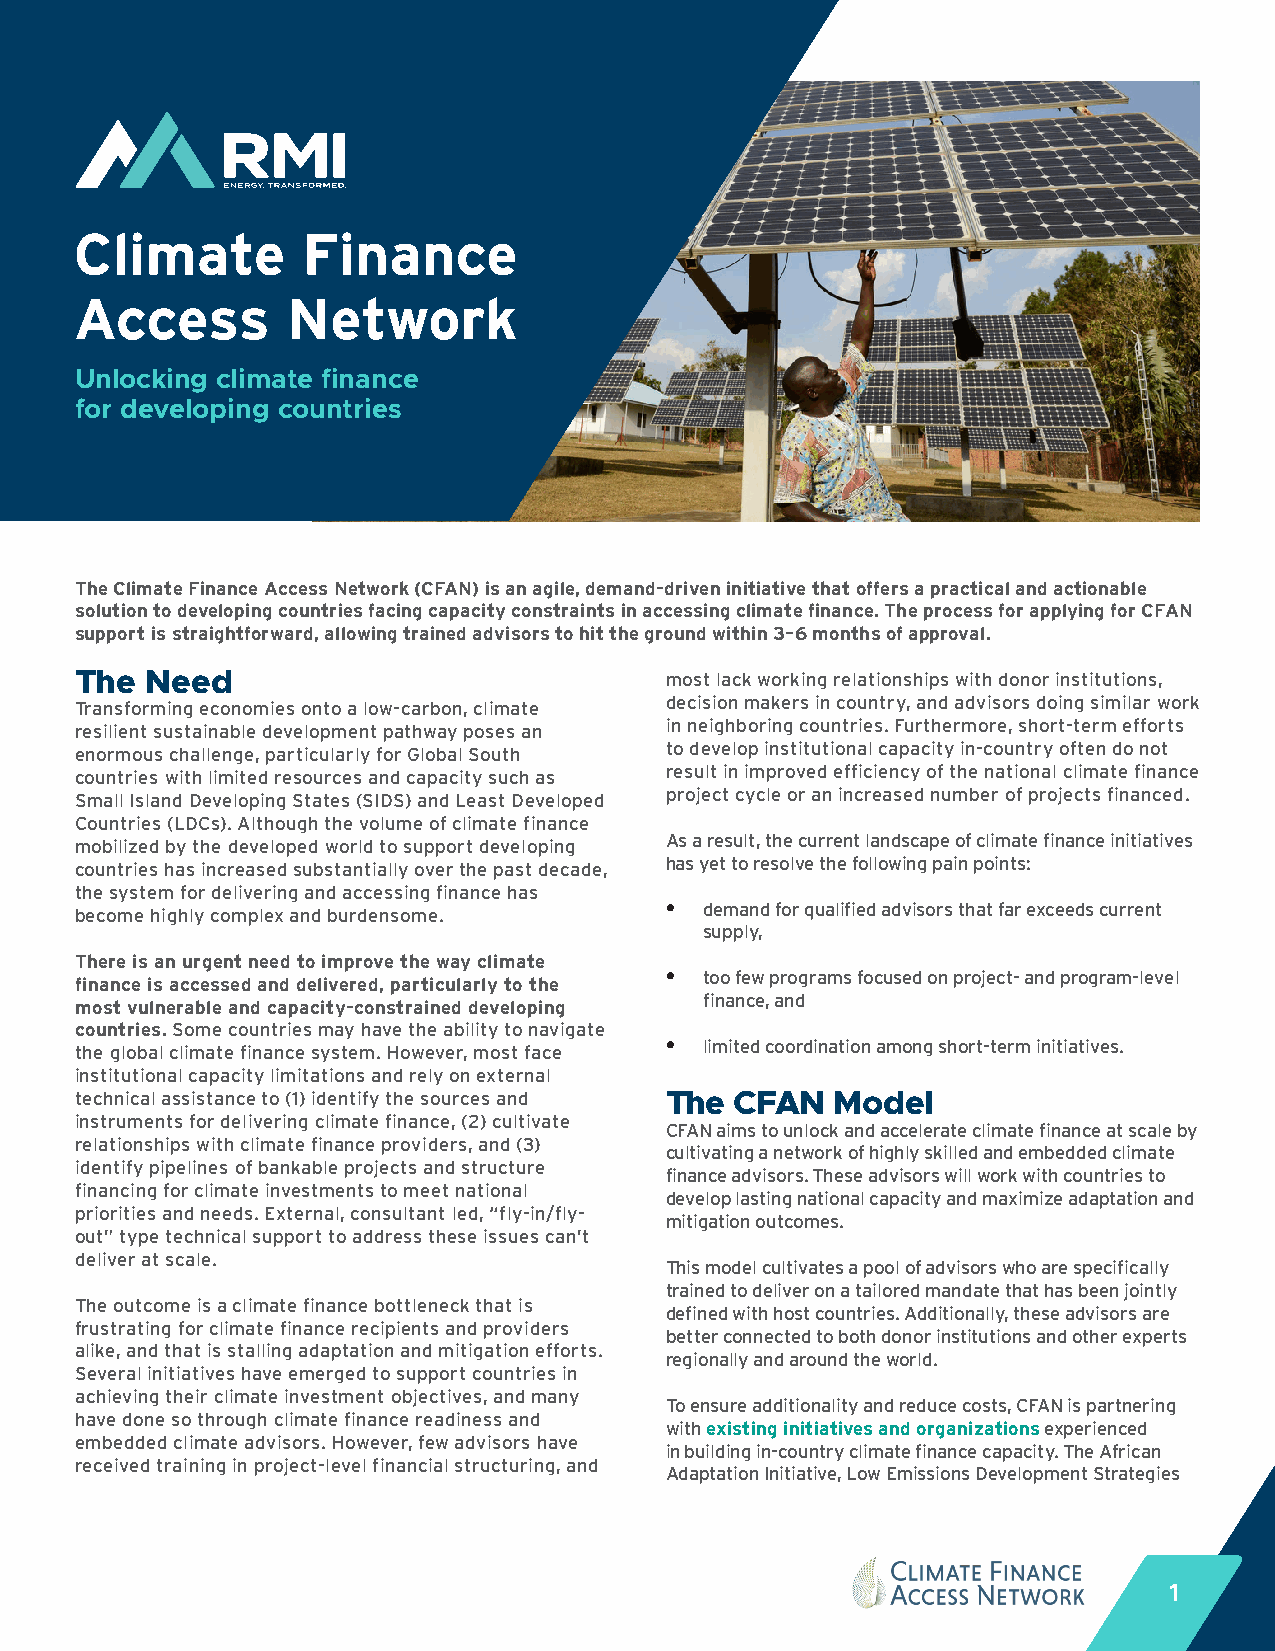
Climate        Finance
 Access        Network
 Unlocking climate finance
 for developing countries
 The Climate Finance Access Network (CFAN) is an agile, demand-driven initiative that offers a practical and actionable
 solution to developing countries facing capacity constraints in accessing climate finance. The process for applying for CFAN
 support is straightforward, allowing trained advisors to hit the ground within 3–6 months of approval.
 The  Need                              most lack working relationships with donor institutions,
 Transforming economies onto a low-carbon, climate decision makers in country, and advisors doing similar work
 resilient sustainable development pathway poses an in neighboring countries. Furthermore, short-term efforts
 enormous challenge, particularly for Global South to develop institutional capacity in-country often do not
 countries with limited resources and capacity such as result in improved efficiency of the national climate finance
 Small Island Developing States (SIDS) and Least Developed project cycle or an increased number of projects financed.
 Countries (LDCs). Although the volume of climate finance
 mobilized by the developed world to support developing As a result, the current landscape of climate finance initiatives
 countries has increased substantially over the past decade, has yet to resolve the following pain points:
 the system for delivering and accessing finance has
 become highly complex and burdensome.  •  demand for qualified advisors that far exceeds current
 supply,
 There is an urgent need to improve the way climate
 finance is accessed and delivered, particularly to the • too few programs focused on project- and program-level
 most vulnerable and capacity-constrained developing finance, and
 countries. Some countries may have the ability to navigate
 the global climate finance system. However, most face • limited coordination among short-term initiatives.
 institutional capacity limitations and rely on external
 technical assistance to (1) identify the sources and The CFAN Model
 instruments for delivering climate finance, (2) cultivate
 CFAN aims to unlock and accelerate climate finance at scale by
 relationships with climate finance providers, and (3)
 cultivating a network of highly skilled and embedded climate
 identify pipelines of bankable projects and structure
 finance advisors. These advisors will work with countries to
 financing for climate investments to meet national
 develop lasting national capacity and maximize adaptation and
 priorities and needs. External, consultant led, “fly-in/fly-
 mitigation outcomes.
 out” type technical support to address these issues can’t
 deliver at scale.
 This model cultivates a pool of advisors who are specifically
 trained to deliver on a tailored mandate that has been jointly
 The outcome is a climate finance bottleneck that is
 defined with host countries. Additionally, these advisors are
 frustrating for climate finance recipients and providers
 better connected to both donor institutions and other experts
 alike, and that is stalling adaptation and mitigation efforts.
 regionally and around the world.
 Several initiatives have emerged to support countries in
 achieving their climate investment objectives, and many
 To ensure additionality and reduce costs, CFAN is partnering
 have done so through climate finance readiness and
 with existing initiatives and organizations experienced
 embedded climate advisors. However, few advisors have
 in building in-country climate finance capacity. The African
 received training in project-level financial structuring, and
 Adaptation Initiative, Low Emissions Development Strategies
 1